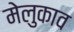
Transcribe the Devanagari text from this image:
मेलुकाव